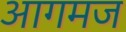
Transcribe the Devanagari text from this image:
आगमज